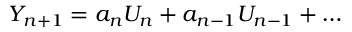
Y _ { n + 1 } = a _ { n } U _ { n } + a _ { n - 1 } U _ { n - 1 } + \ldots